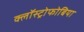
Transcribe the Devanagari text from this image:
क्लॉस्ट्रोफोबिया